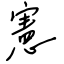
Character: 憲